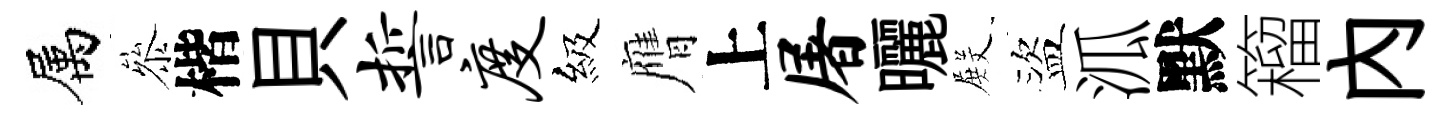
属叅楷貝誓度級膺上屠曬𭮺盜泒默籕内